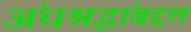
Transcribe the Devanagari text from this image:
अंधश्रद्धांबद्दल